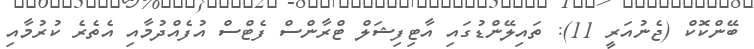
ބޭންކޮކް (ޖެނުއަރީ 11): ތައިލޭންޑުގައި އާޓިފިޝަލް ޓްރާންސް ފެޓްސް އުފެއްދުމާއި އެތެރެ ކުރުމާއި